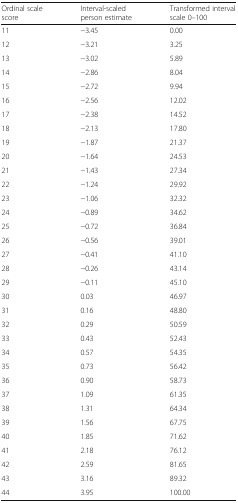
<table><thead><tr><td><b>Ordinal scale score</b></td><td><b>Interval-scaled person estimate</b></td><td><b>Transformed interval scale 0–100</b></td></tr></thead><tbody><tr><td>11</td><td>−3.45</td><td>0.00</td></tr><tr><td>12</td><td>−3.21</td><td>3.25</td></tr><tr><td>13</td><td>−3.02</td><td>5.89</td></tr><tr><td>14</td><td>−2.86</td><td>8.04</td></tr><tr><td>15</td><td>−2.72</td><td>9.94</td></tr><tr><td>16</td><td>−2.56</td><td>12.02</td></tr><tr><td>17</td><td>−2.38</td><td>14.52</td></tr><tr><td>18</td><td>−2.13</td><td>17.80</td></tr><tr><td>19</td><td>−1.87</td><td>21.37</td></tr><tr><td>20</td><td>−1.64</td><td>24.53</td></tr><tr><td>21</td><td>−1.43</td><td>27.34</td></tr><tr><td>22</td><td>−1.24</td><td>29.92</td></tr><tr><td>23</td><td>−1.06</td><td>32.32</td></tr><tr><td>24</td><td>−0.89</td><td>34.62</td></tr><tr><td>25</td><td>−0.72</td><td>36.84</td></tr><tr><td>26</td><td>−0.56</td><td>39.01</td></tr><tr><td>27</td><td>−0.41</td><td>41.10</td></tr><tr><td>28</td><td>−0.26</td><td>43.14</td></tr><tr><td>29</td><td>−0.11</td><td>45.10</td></tr><tr><td>30</td><td>0.03</td><td>46.97</td></tr><tr><td>31</td><td>0.16</td><td>48.80</td></tr><tr><td>32</td><td>0.29</td><td>50.59</td></tr><tr><td>33</td><td>0.43</td><td>52.43</td></tr><tr><td>34</td><td>0.57</td><td>54.35</td></tr><tr><td>35</td><td>0.73</td><td>56.42</td></tr><tr><td>36</td><td>0.90</td><td>58.73</td></tr><tr><td>37</td><td>1.09</td><td>61.35</td></tr><tr><td>38</td><td>1.31</td><td>64.34</td></tr><tr><td>39</td><td>1.56</td><td>67.75</td></tr><tr><td>40</td><td>1.85</td><td>71.62</td></tr><tr><td>41</td><td>2.18</td><td>76.12</td></tr><tr><td>42</td><td>2.59</td><td>81.65</td></tr><tr><td>43</td><td>3.16</td><td>89.32</td></tr><tr><td>44</td><td>3.95</td><td>100.00</td></tr></tbody></table>